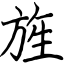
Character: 旌